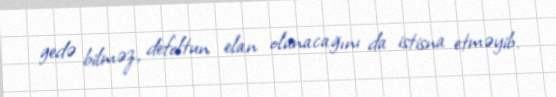
gedə bilməz, defoltun elan olunacağını da istisna etməyib.